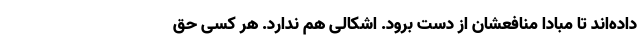
داده‌اند تا مبادا منافعشان از دست برود. اشکالی هم ندارد. هر کسی حق